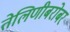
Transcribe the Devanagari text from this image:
तेलिणीबरोबर